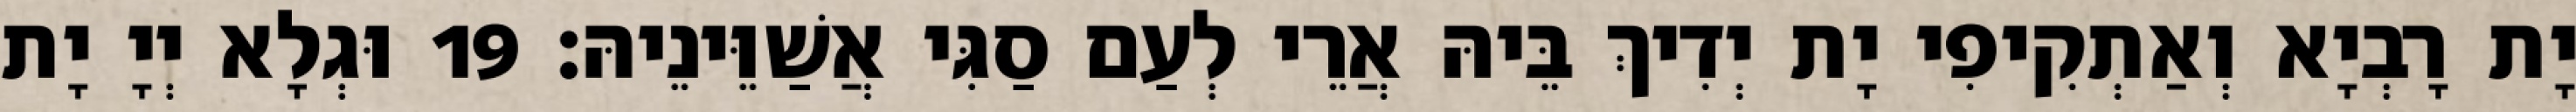
יָת רָבְיָא וְאַתְקִיפִי יָת יְדִיךְ בֵּיהּ אֲרֵי לְעַם סַגִּי אֲשַׁוֵּינֵיהּ׃ 19 וּגְלָא יְיָ יָת